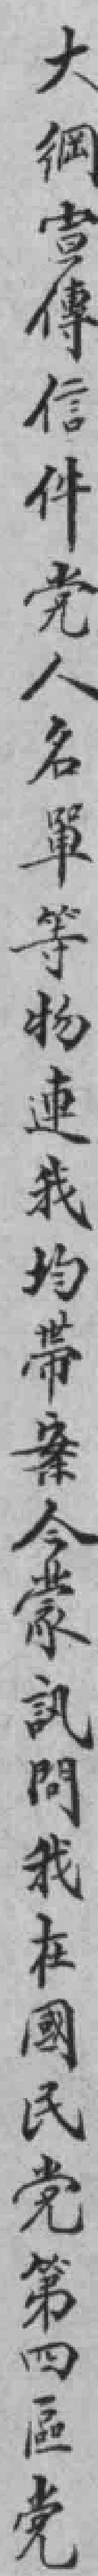
大綱宣傳信件党人名單等物連我均帶案今蒙訊問我在國民党第四區党